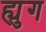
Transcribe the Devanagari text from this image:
ह्युग